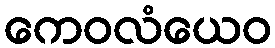
ကေဝလံယေဝ